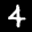
Label: 4